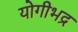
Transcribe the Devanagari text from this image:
योगीभद्र